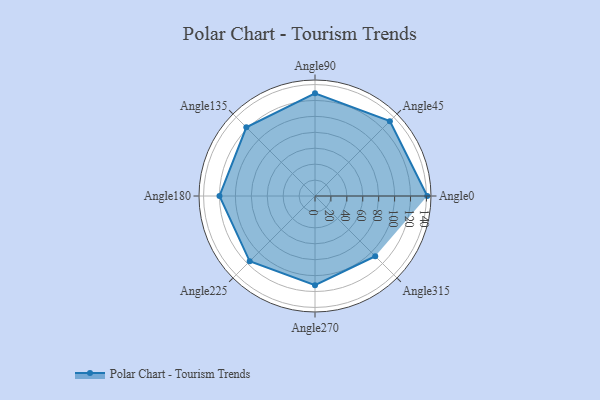
{"axis": {"x": "Angle", "y": "Radius"}, "legend": [""], "data": [{"x": "Angle0", "y": 141.0, "type": ""}, {"x": "Angle45", "y": 133.0, "type": ""}, {"x": "Angle90", "y": 129.0, "type": ""}, {"x": "Angle135", "y": 122.0, "type": ""}, {"x": "Angle180", "y": 120.0, "type": ""}, {"x": "Angle225", "y": 116.0, "type": ""}, {"x": "Angle270", "y": 112.0, "type": ""}, {"x": "Angle315", "y": 107.0, "type": ""}]}